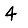
Digit: 4